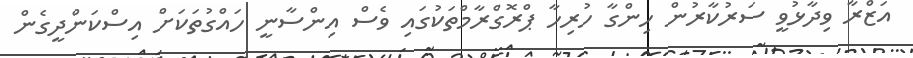
އަޒްރާ ވިދާޅުވީ ސަރުކާރުން ހިންގާ ހުރިހާ ޕްރޮގްރާމްތަކުގައި ވެސް އިންސާނީ ހައްގުތަކަށް އިސްކަންދީގެން